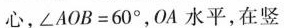
心，\angle AOB = 60^{\circ} ,OA水平，在竖